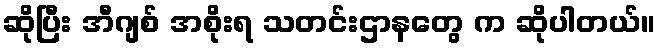
ဆိုပြီး အီဂျစ် အစိုးရ သတင်းဌာနတွေ က ဆိုပါတယ်။